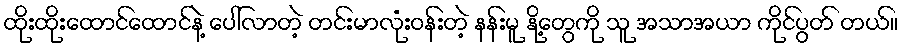
ထိုးထိုးထောင်ထောင်နဲ့ ပေါ်လာတဲ့ တင်းမာလုံးဝန်းတဲ့ နန်းမူ နို့တွေကို သူ အသာအယာ ကိုင်ပွတ် တယ်။